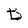
Character: D